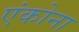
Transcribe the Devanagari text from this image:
एंकोना